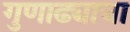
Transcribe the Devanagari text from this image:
गुणाढ्याचा